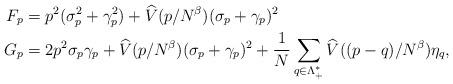
LaTeX: \begin{align*} F_p=\;&p^2(\sigma_p^2+\gamma_p^2)+\widehat V(p/N^\beta)(\sigma_p+\gamma_p)^2\\G_p=\;&2p^2 \sigma_p\gamma_p+\widehat V(p/N^\beta)(\sigma_p+\gamma_p)^2+\frac{1}{N}\sum_{q\in \Lambda_+^*}\widehat V((p-q)/N^\beta)\eta_q,\end{align*}